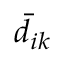
\bar { d } _ { i k }